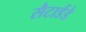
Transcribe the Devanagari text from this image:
सैटार्डडे